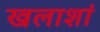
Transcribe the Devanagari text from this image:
खलाशां